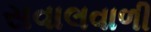
સવાલવાળી